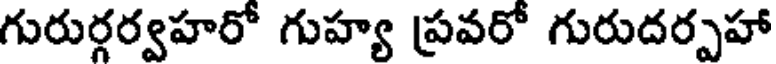
గురుర్గర్వహరో గుహ్య ప్రవరో గురుదర్పహా